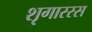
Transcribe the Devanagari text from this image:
शृगाररस